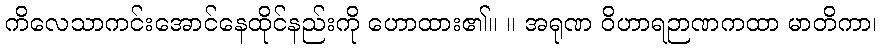
ကိလေသာကင်းအောင်နေထိုင်နည်းကို ဟောထား၏။ ။ အရုဏ ဝိဟာရဉာဏကထာ မာတိကာ၊